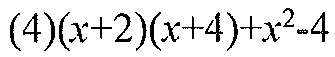
\((4)(x + 2)(x + 4)+x^{2}-4\)